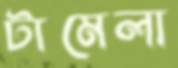
টামেলা